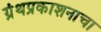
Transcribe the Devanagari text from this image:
ग्रंथप्रकाशनाचा